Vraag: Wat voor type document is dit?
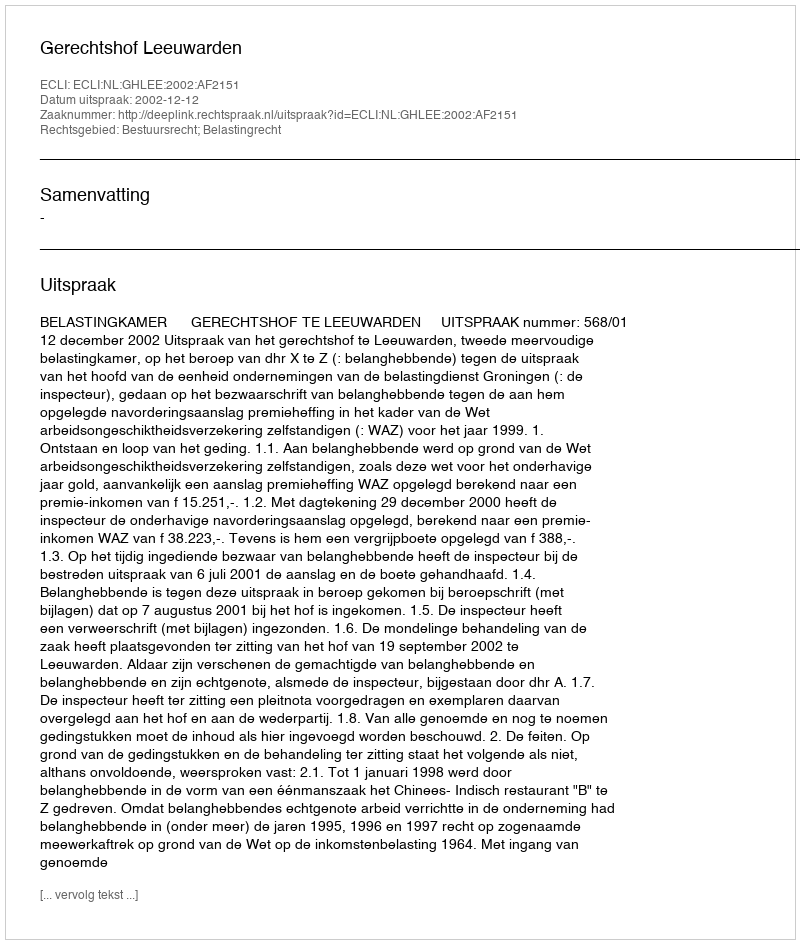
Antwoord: Uitspraak